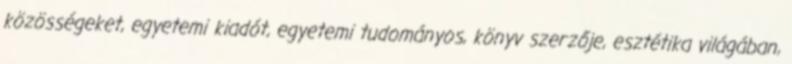
közösségeket, egyetemi kiadót, egyetemi tudományos, könyv szerzője, esztétika világában,